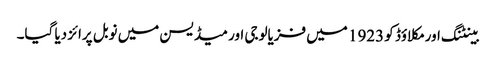
بینٹنگ اور مکلاؤڈ کو 1923 میں‌ فزیالوجی اور میڈیسن میں‌ نوبل پرائز دیا گیا۔